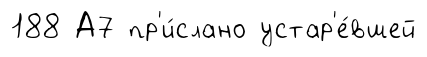
188 А7 пр'и́слано устар'е́вшей